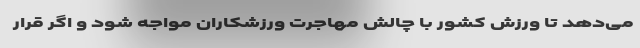
می‌دهد تا ورزش کشور با چالش مهاجرت ورزشکاران مواجه شود و اگر قرار